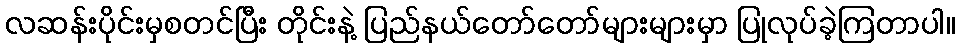
လဆန်းပိုင်းမှစတင်ပြီး တိုင်းနဲ့ ပြည်နယ်တော်တော်များများမှာ ပြုလုပ်ခဲ့ကြတာပါ။